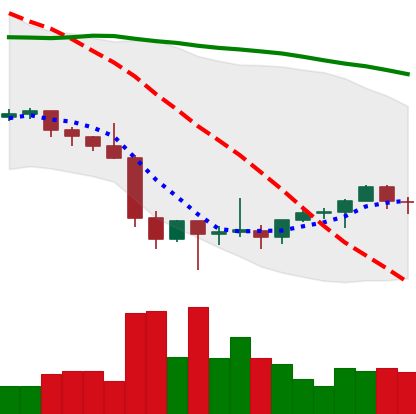
Ticker: ETH-USD
Chart end date: 2022-02-03
Forward return: 16.552%
Label: up_7plus